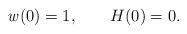
LaTeX: \begin{align*}\ensuremath{\mathit{w}}(0) = 1, \qquad H(0) = 0 . \end{align*}